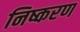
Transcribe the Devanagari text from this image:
निष्करण